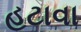
હટાવા